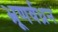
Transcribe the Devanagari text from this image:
भ्रूणर्वध्रन